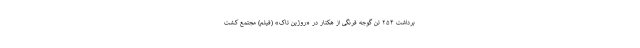
برداشت ۲۵۴ تُن گوجه فرنگی از هکتار در «روژین تاک» (فیلم) مجتمع کشت